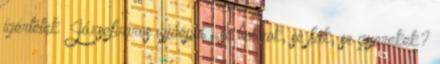
ígértétek „Józsefváros újjáépül”: se bokrok, se fák, se gyerekek?